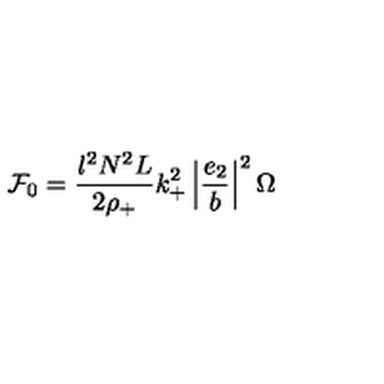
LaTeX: { \cal { F } } _ { 0 } = \frac { l ^ { 2 } N ^ { 2 } L } { 2 \rho _ { + } } k _ { + } ^ { 2 } \left| \frac { e _ { 2 } } { b } \right| ^ { 2 } \Omega